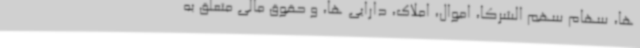
ها، سهام سهم الشرکا، اموال، املاک، دارایی ها، و حقوق مالی متعلق به